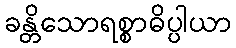
ခန္တိသောရစ္စာဓိပ္ပါယာ